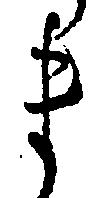
ま